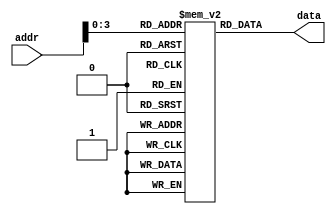
//
// Copyright 2011 Ettus Research LLC
//
// This program is free software: you can redistribute it and/or modify
// it under the terms of the GNU General Public License as published by
// the Free Software Foundation, either version 3 of the License, or
// (at your option) any later version.
//
// This program is distributed in the hope that it will be useful,
// but WITHOUT ANY WARRANTY; without even the implied warranty of
// MERCHANTABILITY or FITNESS FOR A PARTICULAR PURPOSE.  See the
// GNU General Public License for more details.
//
// You should have received a copy of the GNU General Public License
// along with this program.  If not, see <http://www.gnu.org/licenses/>.
//



module clock_bootstrap_rom(input [15:0] addr, output [47:0] data);

   reg [47:0] rom [0:15];
   
   //initial
   //  $readmemh("bootrom.mem", rom);

   assign     data = rom[addr];

   initial 
     begin
	//  First 16 bits are address, last 32 are data
	//  First 4 bits of address select which slave
	rom[0] = 48'h0000_0C00_0F03;  //  Both clk sel choose ext ref (0), both are enabled (1), turn off SERDES, ADCs, turn on leds
	rom[1] = 48'h1014_0000_0000;  //  SPI: Set Divider to div by 2
	rom[2] = 48'h1018_0000_0001;  //  SPI: Choose AD9510
	rom[3] = 48'h1010_0000_3418;  //  SPI: Auto-slave select, interrupt when done, TX_NEG, 24-bit word
	rom[4] = 48'h1000_0000_0010;  //  SPI: AD9510 A:0 D:10  Set up AD9510 SPI
	rom[5] = 48'h1010_0000_3518;  //  SPI: SEND IT Auto-slave select, interrupt when done, TX_NEG, 24-bit word
	rom[6] = 48'hffff_ffff_ffff;  // terminate
	rom[7] = 48'hffff_ffff_ffff;  // terminate
	rom[8] = 48'hffff_ffff_ffff;  // terminate
	rom[9] = 48'hffff_ffff_ffff;  // terminate
	rom[10] = 48'hffff_ffff_ffff;  // terminate
	rom[11] = 48'hffff_ffff_ffff;  // terminate
	rom[12] = 48'hffff_ffff_ffff;  // terminate
	rom[13] = 48'hffff_ffff_ffff;  // terminate
	rom[14] = 48'hffff_ffff_ffff;  // terminate
	rom[15] = 48'hffff_ffff_ffff;  // terminate
     end // initial begin
   
endmodule // clock_bootstrap_rom